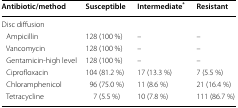
| Antibiotic/method | Susceptible | Intermediate* | Resistant |
 | --- | --- | --- | --- |
 | <COLSPAN=4> Disc diffusion |
 | Ampicillin | 128 (100 %) | – | – |
 | Vancomycin | 128 (100 %) | – | – |
 | Gentamicin-high level | 128 (100 %) | – | – |
 | Ciprofloxacin | 104 (81.2 %) | 17 (13.3 %) | 7 (5.5 %) |
 | Chloramphenicol | 96 (75.0 %) | 11 (8.6 %) | 21 (16.4 %) |
 | Tetracycline | 7 (5.5 %) | 10 (7.8 %) | 111 (86.7 %) |